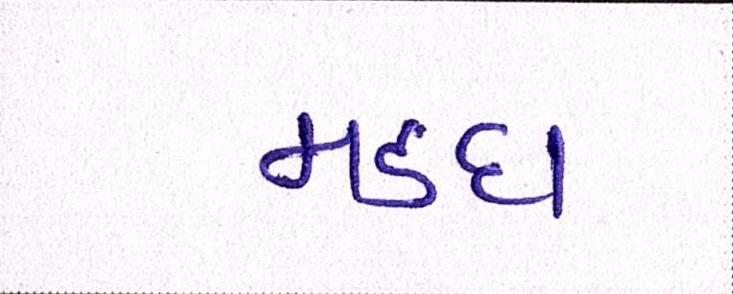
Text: મડદા